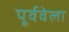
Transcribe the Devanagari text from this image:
पूर्ववेला